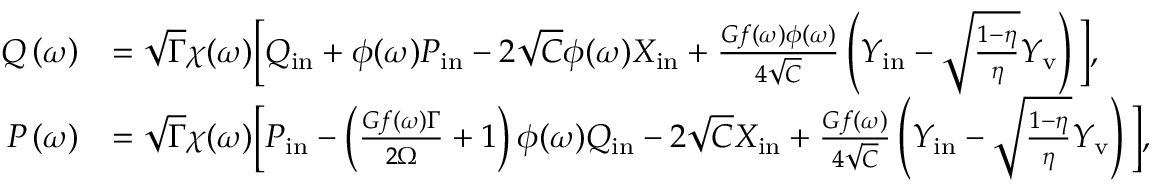
\begin{array} { r l } { Q \ensuremath { \left( \omega \right) } } & { = \sqrt { \Gamma } \chi ( \omega ) \bigg [ Q _ { \mathrm { i n } } + \phi ( \omega ) P _ { \mathrm { i n } } - 2 \sqrt { C } \phi ( \omega ) X _ { \mathrm { i n } } + \frac { G f ( \omega ) \phi ( \omega ) } { 4 \sqrt { C } } \left( Y _ { \mathrm { i n } } - \sqrt { \frac { 1 - \eta } { \eta } } Y _ { \mathrm { v } } \right) \bigg ] , } \\ { P \ensuremath { \left( \omega \right) } } & { = \sqrt { \Gamma } \chi ( \omega ) \bigg [ P _ { \mathrm { i n } } - \left( \frac { G f ( \omega ) \Gamma } { 2 \Omega } + 1 \right) \phi ( \omega ) Q _ { \mathrm { i n } } - 2 \sqrt { C } X _ { \mathrm { i n } } + \frac { G f ( \omega ) } { 4 \sqrt { C } } \left( { Y _ { \mathrm { i n } } } - \sqrt { \frac { 1 - \eta } { \eta } } Y _ { \mathrm { v } } \right) \bigg ] , } \end{array}